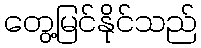
တွေ့မြင်နိုင်သည်